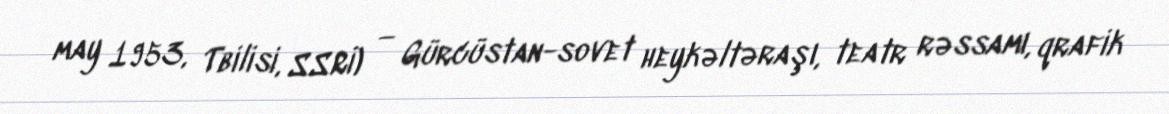
may 1953, Tbilisi, SSRİ) — Gürcüstan-sovet heykəltəraşı, teatr rəssamı, qrafik